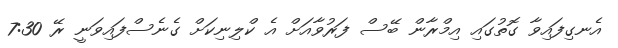
އެނގިފައިވާ ގޮތުގައި އިމްރާން ބޭސް ފަރުވާއަށް އެ ކްލިނިކަށް ގެނެސްފައިވަނީ ރޭ 7:30